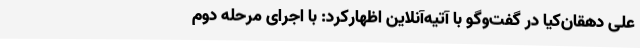
علی دهقان‌کیا در گفت‌وگو با آتیه‌آنلاین اظهارکرد: با اجرای مرحله دوم